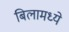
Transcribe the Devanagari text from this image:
बिलामध्ये